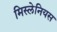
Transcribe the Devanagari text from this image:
मिस्लेनियस